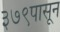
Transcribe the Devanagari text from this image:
३७९पासून